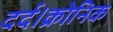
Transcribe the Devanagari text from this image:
दर्द।क्रोनिक